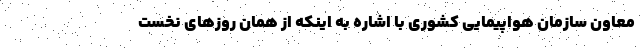
معاون سازمان هواپیمایی کشوری با اشاره به اینکه از همان روزهای نخست